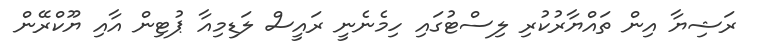
ރަޝިޔާ އިން ތައްޔާރުކުރި ލިސްޓުގައި ހިމެނެނީ ރައީސް ލަޑިމިއާ ޕުޓިން އާއި ޔޫކްރޭން